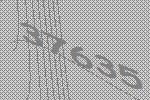
37635